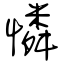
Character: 憐